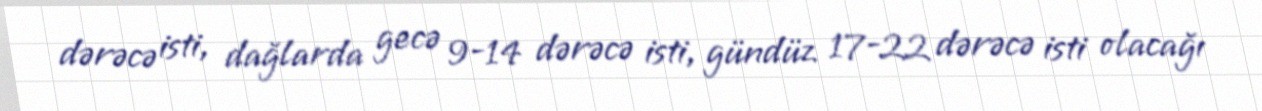
dərəcə isti, dağlarda gecə 9-14 dərəcə isti, gündüz 17-22 dərəcə isti olacağı